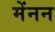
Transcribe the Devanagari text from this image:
मेंनन